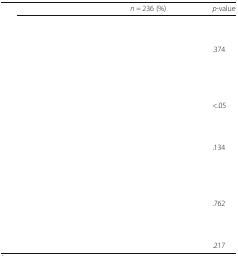
<table><thead><tr><td>[EMPTY_CELL]</td><td><b><i>n =</i> 236 (%)</b></td><td><b><i>p</i>-value</b></td></tr></thead><tbody><tr><td colspan="3">[EMPTY_CELL]</td></tr><tr><td>[EMPTY_CELL]</td><td>[EMPTY_CELL]</td><td>[EMPTY_CELL]</td></tr><tr><td>[EMPTY_CELL]</td><td>[EMPTY_CELL]</td><td>.374</td></tr><tr><td colspan="3">[EMPTY_CELL]</td></tr><tr><td>[EMPTY_CELL]</td><td>[EMPTY_CELL]</td><td>[EMPTY_CELL]</td></tr><tr><td>[EMPTY_CELL]</td><td>[EMPTY_CELL]</td><td>[EMPTY_CELL]</td></tr><tr><td>[EMPTY_CELL]</td><td>[EMPTY_CELL]</td><td>&lt;.05</td></tr><tr><td colspan="3">[EMPTY_CELL]</td></tr><tr><td>[EMPTY_CELL]</td><td>[EMPTY_CELL]</td><td>[EMPTY_CELL]</td></tr><tr><td>[EMPTY_CELL]</td><td>[EMPTY_CELL]</td><td>.134</td></tr><tr><td colspan="3">[EMPTY_CELL]</td></tr><tr><td>[EMPTY_CELL]</td><td>[EMPTY_CELL]</td><td>[EMPTY_CELL]</td></tr><tr><td>[EMPTY_CELL]</td><td>[EMPTY_CELL]</td><td>[EMPTY_CELL]</td></tr><tr><td>[EMPTY_CELL]</td><td>[EMPTY_CELL]</td><td>.762</td></tr><tr><td colspan="3">[EMPTY_CELL]</td></tr><tr><td>[EMPTY_CELL]</td><td>[EMPTY_CELL]</td><td>[EMPTY_CELL]</td></tr><tr><td>[EMPTY_CELL]</td><td>[EMPTY_CELL]</td><td>.217</td></tr></tbody></table>